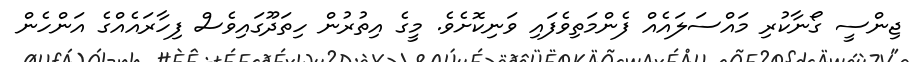
ޖިންސީ ގޯނާކުރި މައްސަލައެއް ފެންމަތިވެފައި ވަނިކޮށެވެ. މީގެ އިތުރުން ހިތަދޫގައިވެސް ފިހާރައެއްގެ އަންހެން